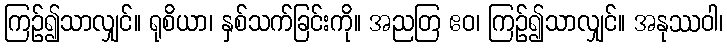
ကြဉ်၍သာလျှင်။ ရုစိယာ၊ နှစ်သက်ခြင်းကို။ အညတြ ဧဝ၊ ကြဉ်၍သာလျှင်။ အနုဿဝါ၊